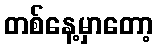
တစ်နေ့မှာတော့